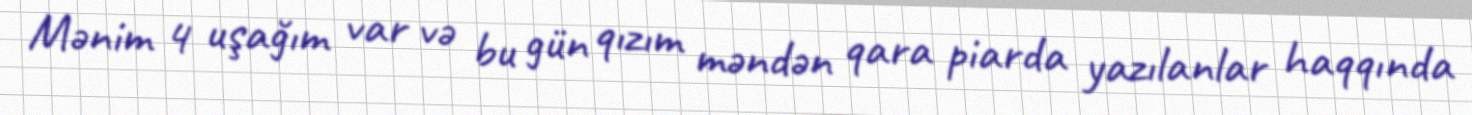
Mənim 4 uşağım var və bu gün qızım məndən qara piarda yazılanlar haqqında